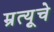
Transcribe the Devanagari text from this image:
म्रृत्यूचे